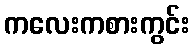
ကလေးကစားကွင်း